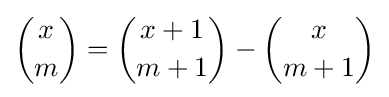
{\binom {x}{m}}={\binom {x+1}{m+1}}-{\binom {x}{m+1}}